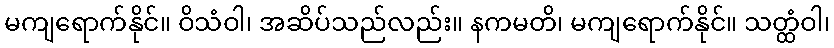
မကျရောက်နိုင်။ ဝိသံဝါ၊ အဆိပ်သည်လည်း။ နကမတိ၊ မကျရောက်နိုင်။ သတ္ထံဝါ၊